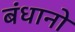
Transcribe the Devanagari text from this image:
बंधानो